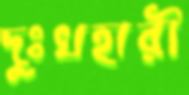
দুঃখহারী